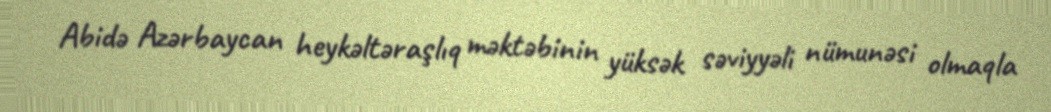
Abidə Azərbaycan heykəltəraşlıq məktəbinin yüksək səviyyəli nümunəsi olmaqla